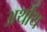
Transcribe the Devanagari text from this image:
अर्थाथ